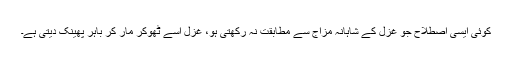
کوئی ایسی اِصطلاح جو غزل کے شاہانہ مزاج سے مطابقت نہ رکھتی ہو، غزل اسے ٹھوکر مار کر باہر پھینک دیتی ہے۔